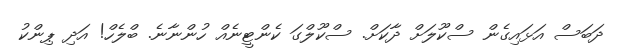
ދަބަސް އަޅައިގެން ސްކޫލަށް ދާކަށް. ސްކޫލްގަ ކެންޓީނެއް ހުންނާނެ. ބްލެހް! އަދި ޕިންކު